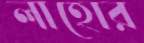
লাহোর